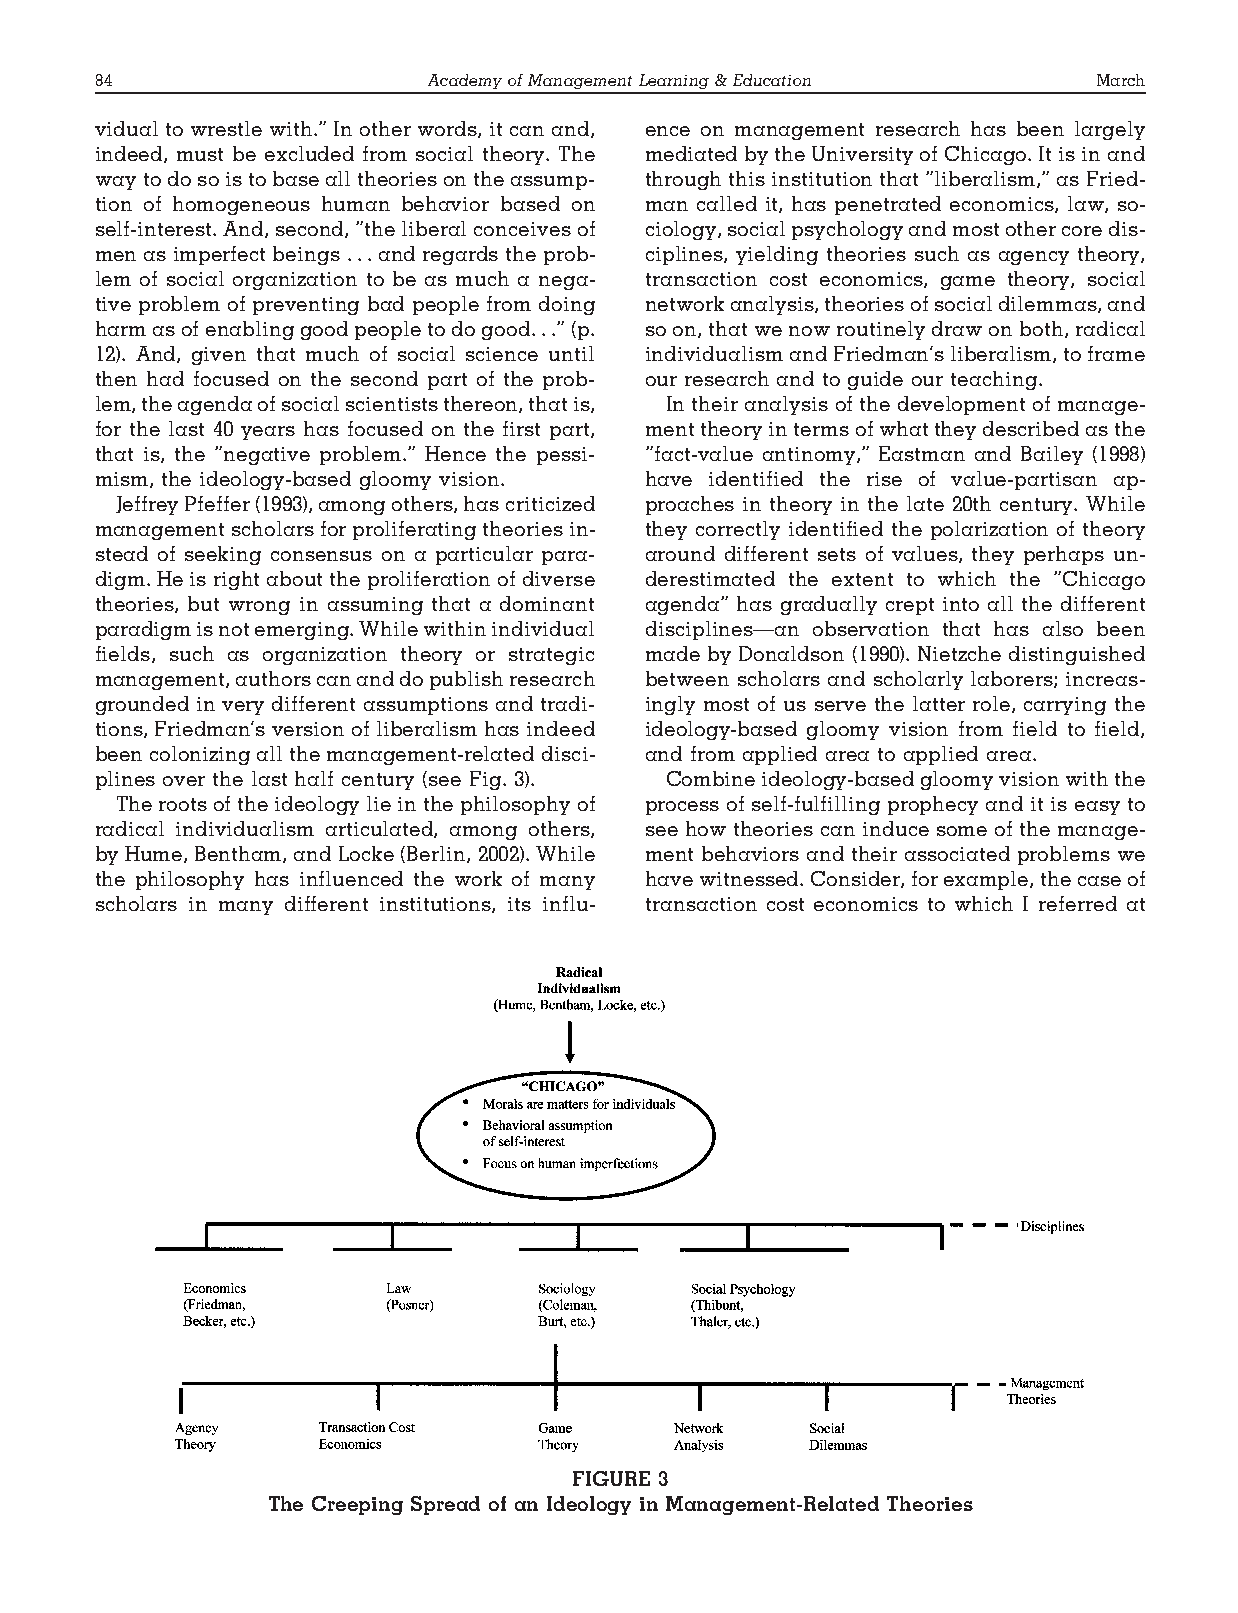
84                    AcademyofManagementLearning&Education       March
 vidual to wrestle with.” In other words, it can and, ence on management research has been largely
 indeed, must be excluded from social theory. The mediatedbytheUniversityofChicago.Itisinand
 waytodosoistobasealltheoriesontheassump- throughthisinstitutionthat“liberalism,”asFried-
 tion of homogeneous human behavior based on man called it, has penetrated economics, law, so-
 self-interest.And,second,“theliberalconceivesof ciology,socialpsychologyandmostothercoredis-
 menasimperfectbeings...andregardstheprob- ciplines, yielding theories such as agency theory,
 lem of social organization to be as much a nega- transaction cost economics, game theory, social
 tive problem of preventing bad people from doing networkanalysis,theoriesofsocialdilemmas,and
 harmasofenablinggoodpeopletodogood...”(p. soon,thatwenowroutinelydrawonboth,radical
 12). And, given that much of social science until individualismandFriedman’sliberalism,toframe
 then had focused on the second part of the prob- our research and to guide our teaching.
 lem,theagendaofsocialscientiststhereon,thatis, In their analysis of the development of manage-
 for the last 40 years has focused on the first part, menttheoryintermsofwhattheydescribedasthe
 that is, the “negative problem.” Hence the pessi- “fact-value antinomy,” Eastman and Bailey (1998)
 mism, the ideology-based gloomy vision. have identified the rise of value-partisan ap-
 JeffreyPfeffer(1993),amongothers,hascriticized proaches in theory in the late 20th century. While
 managementscholarsforproliferatingtheoriesin- they correctly identified the polarization of theory
 stead of seeking consensus on a particular para- around different sets of values, they perhaps un-
 digm.Heisrightabouttheproliferationofdiverse derestimated the extent to which the “Chicago
 theories, but wrong in assuming that a dominant agenda” has gradually crept into all the different
 paradigmisnotemerging.Whilewithinindividual disciplines—an observation that has also been
 fields, such as organization theory or strategic made by Donaldson (1990). Nietzche distinguished
 management,authorscananddopublishresearch between scholars and scholarly laborers; increas-
 grounded in very different assumptions and tradi- ingly most of us serve the latter role, carrying the
 tions, Friedman’s version of liberalism has indeed ideology-based gloomy vision from field to field,
 beencolonizingallthemanagement-relateddisci- and from applied area to applied area.
 plines over the last half century (see Fig. 3). Combineideology-basedgloomyvisionwiththe
 Therootsoftheideologylieinthephilosophyof process of self-fulfilling prophecy and it is easy to
 radical individualism articulated, among others, see how theories can induce some of the manage-
 byHume,Bentham,andLocke(Berlin,2002).While ment behaviors and their associated problems we
 the philosophy has influenced the work of many havewitnessed.Consider,forexample,thecaseof
 scholars in many different institutions, its influ- transaction cost economics to which I referred at
 FIGURE 3
 The Creeping Spread of an Ideology in Management-Related Theories